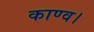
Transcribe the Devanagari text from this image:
काण्‍व।